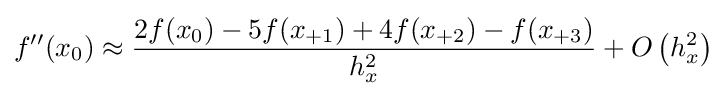
\displaystyle f''(x_{0})\approx \displaystyle {\frac {2f(x_{0})-5f(x_{+1})+4f(x_{+2})-f(x_{+3})}{h_{x}^{2}}}+O\left(h_{x}^{2}\right)